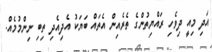
އަދި މިއީ ދިވެހި ރައްޔިތުންގެ ތެރެއިން އެތައް ބަޔަކު އެދިއެދި ތިބި ނިންމުމެއް.